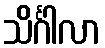
သိင်္ဂါလာ